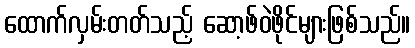
ထောက်လှမ်းတတ်သည့် ဆော့ဖ်ဝဲဖိုင်များဖြစ်သည်။